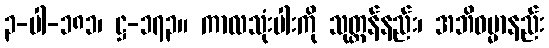
၃-ပါ-၁၈၁၊ ဋ္ဌ-၁၇၃။ ကာလသုံးပါးကို သုတ္တန်နည်း၊ အဘိဓမ္မာနည်း